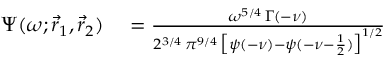
\begin{array} { r l } { \Psi ( \omega ; \vec { r } _ { 1 } , \vec { r } _ { 2 } ) } & { { } = \frac { \omega ^ { 5 / 4 } \, \Gamma ( - \nu ) } { 2 ^ { 3 / 4 } \, \pi ^ { 9 / 4 } \, \bigl [ \psi ( - \nu ) - \psi ( - \nu - \frac { 1 } { 2 } ) \bigr ] ^ { 1 / 2 } } } \end{array}